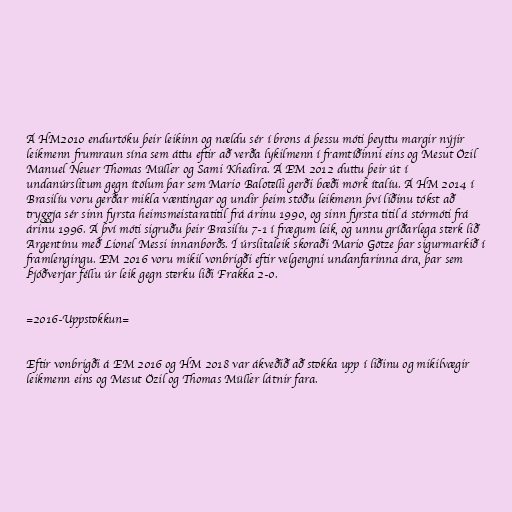
Á HM2010 endurtóku þeir leikinn og nældu sér í brons á þessu móti þeyttu margir nýjir
leikmenn frumraun sína sem áttu eftir að verða lykilmenn í framtíðinni eins og Mesut Özil
Manuel Neuer Thomas Müller og Sami Khedira. Á EM 2012 duttu þeir út í
undanúrslitum gegn ítölum þar sem Mario Balotelli gerði bæði mörk ítalíu. Á HM 2014 í
Brasilíu voru gerðar mikla væntingar og undir þeim stóðu leikmenn því liðinu tókst að
tryggja sér sinn fyrsta heimsmeistaratitil frá árinu 1990, og sinn fyrsta titil á stórmóti frá
árinu 1996. Á því móti sigruðu þeir Brasilíu 7-1 í frægum leik, og unnu gríðarlega sterk lið
Argentínu með Lionel Messi innanborðs. Í úrslitaleik skoraði Mario Götze þar sigurmarkið í
framlengingu. EM 2016 voru mikil vonbrigði eftir velgengni undanfarinna ára, þar sem
Þjóðverjar féllu úr leik gegn sterku liði Frakka 2-0.

=2016-Uppstokkun=

Eftir vonbrigði á EM 2016 og HM 2018 var ákveðið að stokka upp í liðinu og mikilvægir
leikmenn eins og Mesut Özil og Thomas Müller látnir fara.